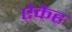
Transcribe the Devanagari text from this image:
ऐकेह